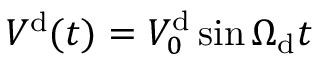
V ^ { \mathrm { d } } ( t ) = V _ { 0 } ^ { \mathrm { d } } \sin \Omega _ { \mathrm { d } } t